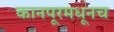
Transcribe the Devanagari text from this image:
कानपूरमधूनच